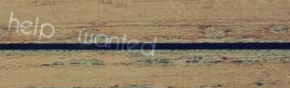
help wanted